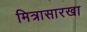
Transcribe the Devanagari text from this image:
मित्रासारखा